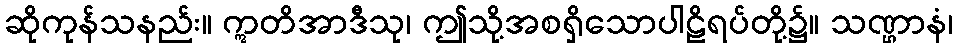
ဆိုကုန်သနည်း။ ဣတိအာဒီသု၊ ဤသို့အစရှိသောပါဠိရပ်တို့၌။ သဏ္ဌာနံ၊